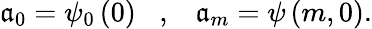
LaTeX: \mathfrak{a}_{0}=\psi_{0}\left(0\right)\; \; \; ,\; \; \; \mathfrak{a}_{m}=\psi\left(m,0\right).